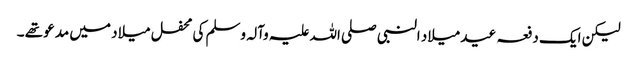
لیکن ایک دفعہ عید میلاد النبی صلی اللہ علیہ وآلہ وسلم کی محفل میلاد میں مدعو تھے ۔